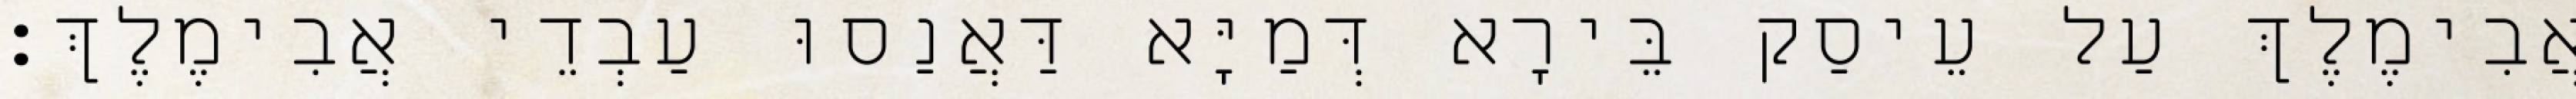
אֲבִימֶלֶךְ עַל עֵיסַק בֵּירָא דְּמַיָּא דַּאֲנַסוּ עַבְדֵי אֲבִימֶלֶךְ׃